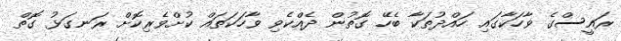
ރައީސްގެ ވާހަކާގައި ހައްދުތަކާ ބެހޭ ގޮތުން ދެއްކެވި ވާހަކަތައް ކުށްވެރިކޮށް ރަނގަޅު ގޮތް